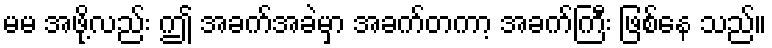
မမ အဖို့လည်း ဤ အခက်အခဲမှာ အခက်တကာ့ အခက်ကြီး ဖြစ်နေ သည်။